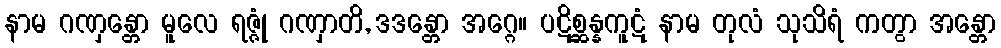
နာမ ဂဏှန္တော မူလေ ရဇ္ဇုံ ဂဏှာတိ, ဒဒန္တော အဂ္ဂေ။ ပဋိစ္ဆန္နကူဋံ နာမ တုလံ သုသိရံ ကတွာ အန္တော